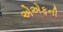
એએફની